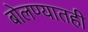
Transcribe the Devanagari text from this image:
बोलण्यातही